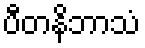
ပီတနိဘာသံ